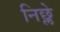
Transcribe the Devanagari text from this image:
निछ्ले